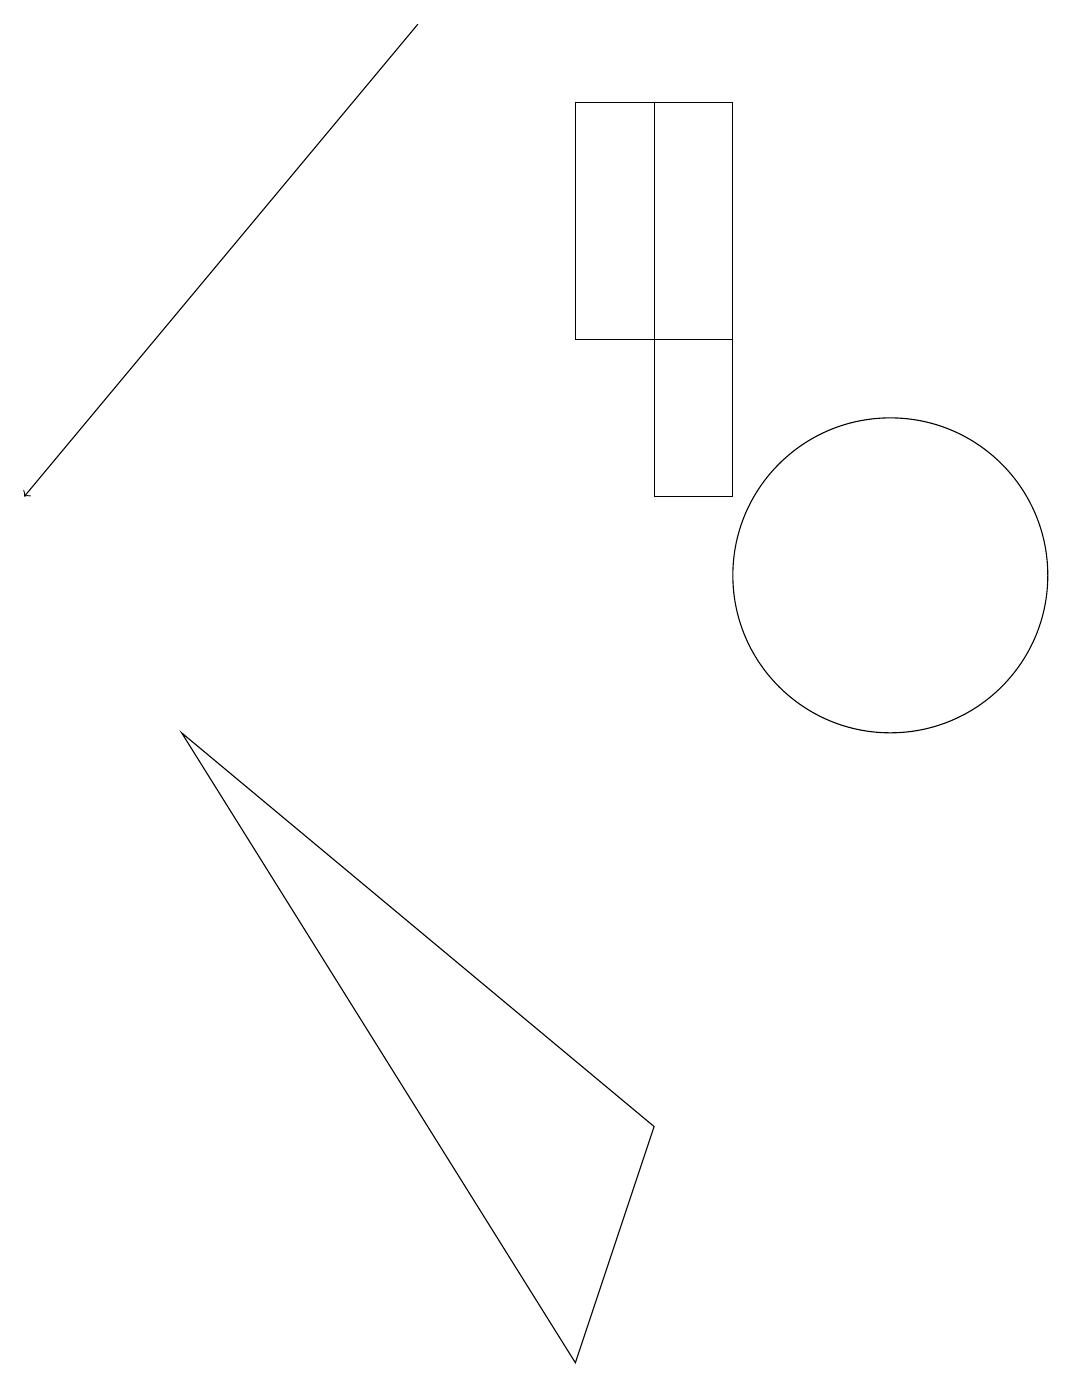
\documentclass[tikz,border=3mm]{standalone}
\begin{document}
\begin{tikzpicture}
\draw (7,13) rectangle (9,16);
\draw (8,11) rectangle (9,16);
\draw[->] (5,17) -- (0,11);
\draw (11,10) circle (2);
\draw (2,8) -- (8,3) -- (7,0) -- cycle;
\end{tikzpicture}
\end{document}